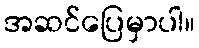
အဆင်ပြေမှာပါ။